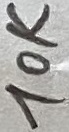
Text: 10K